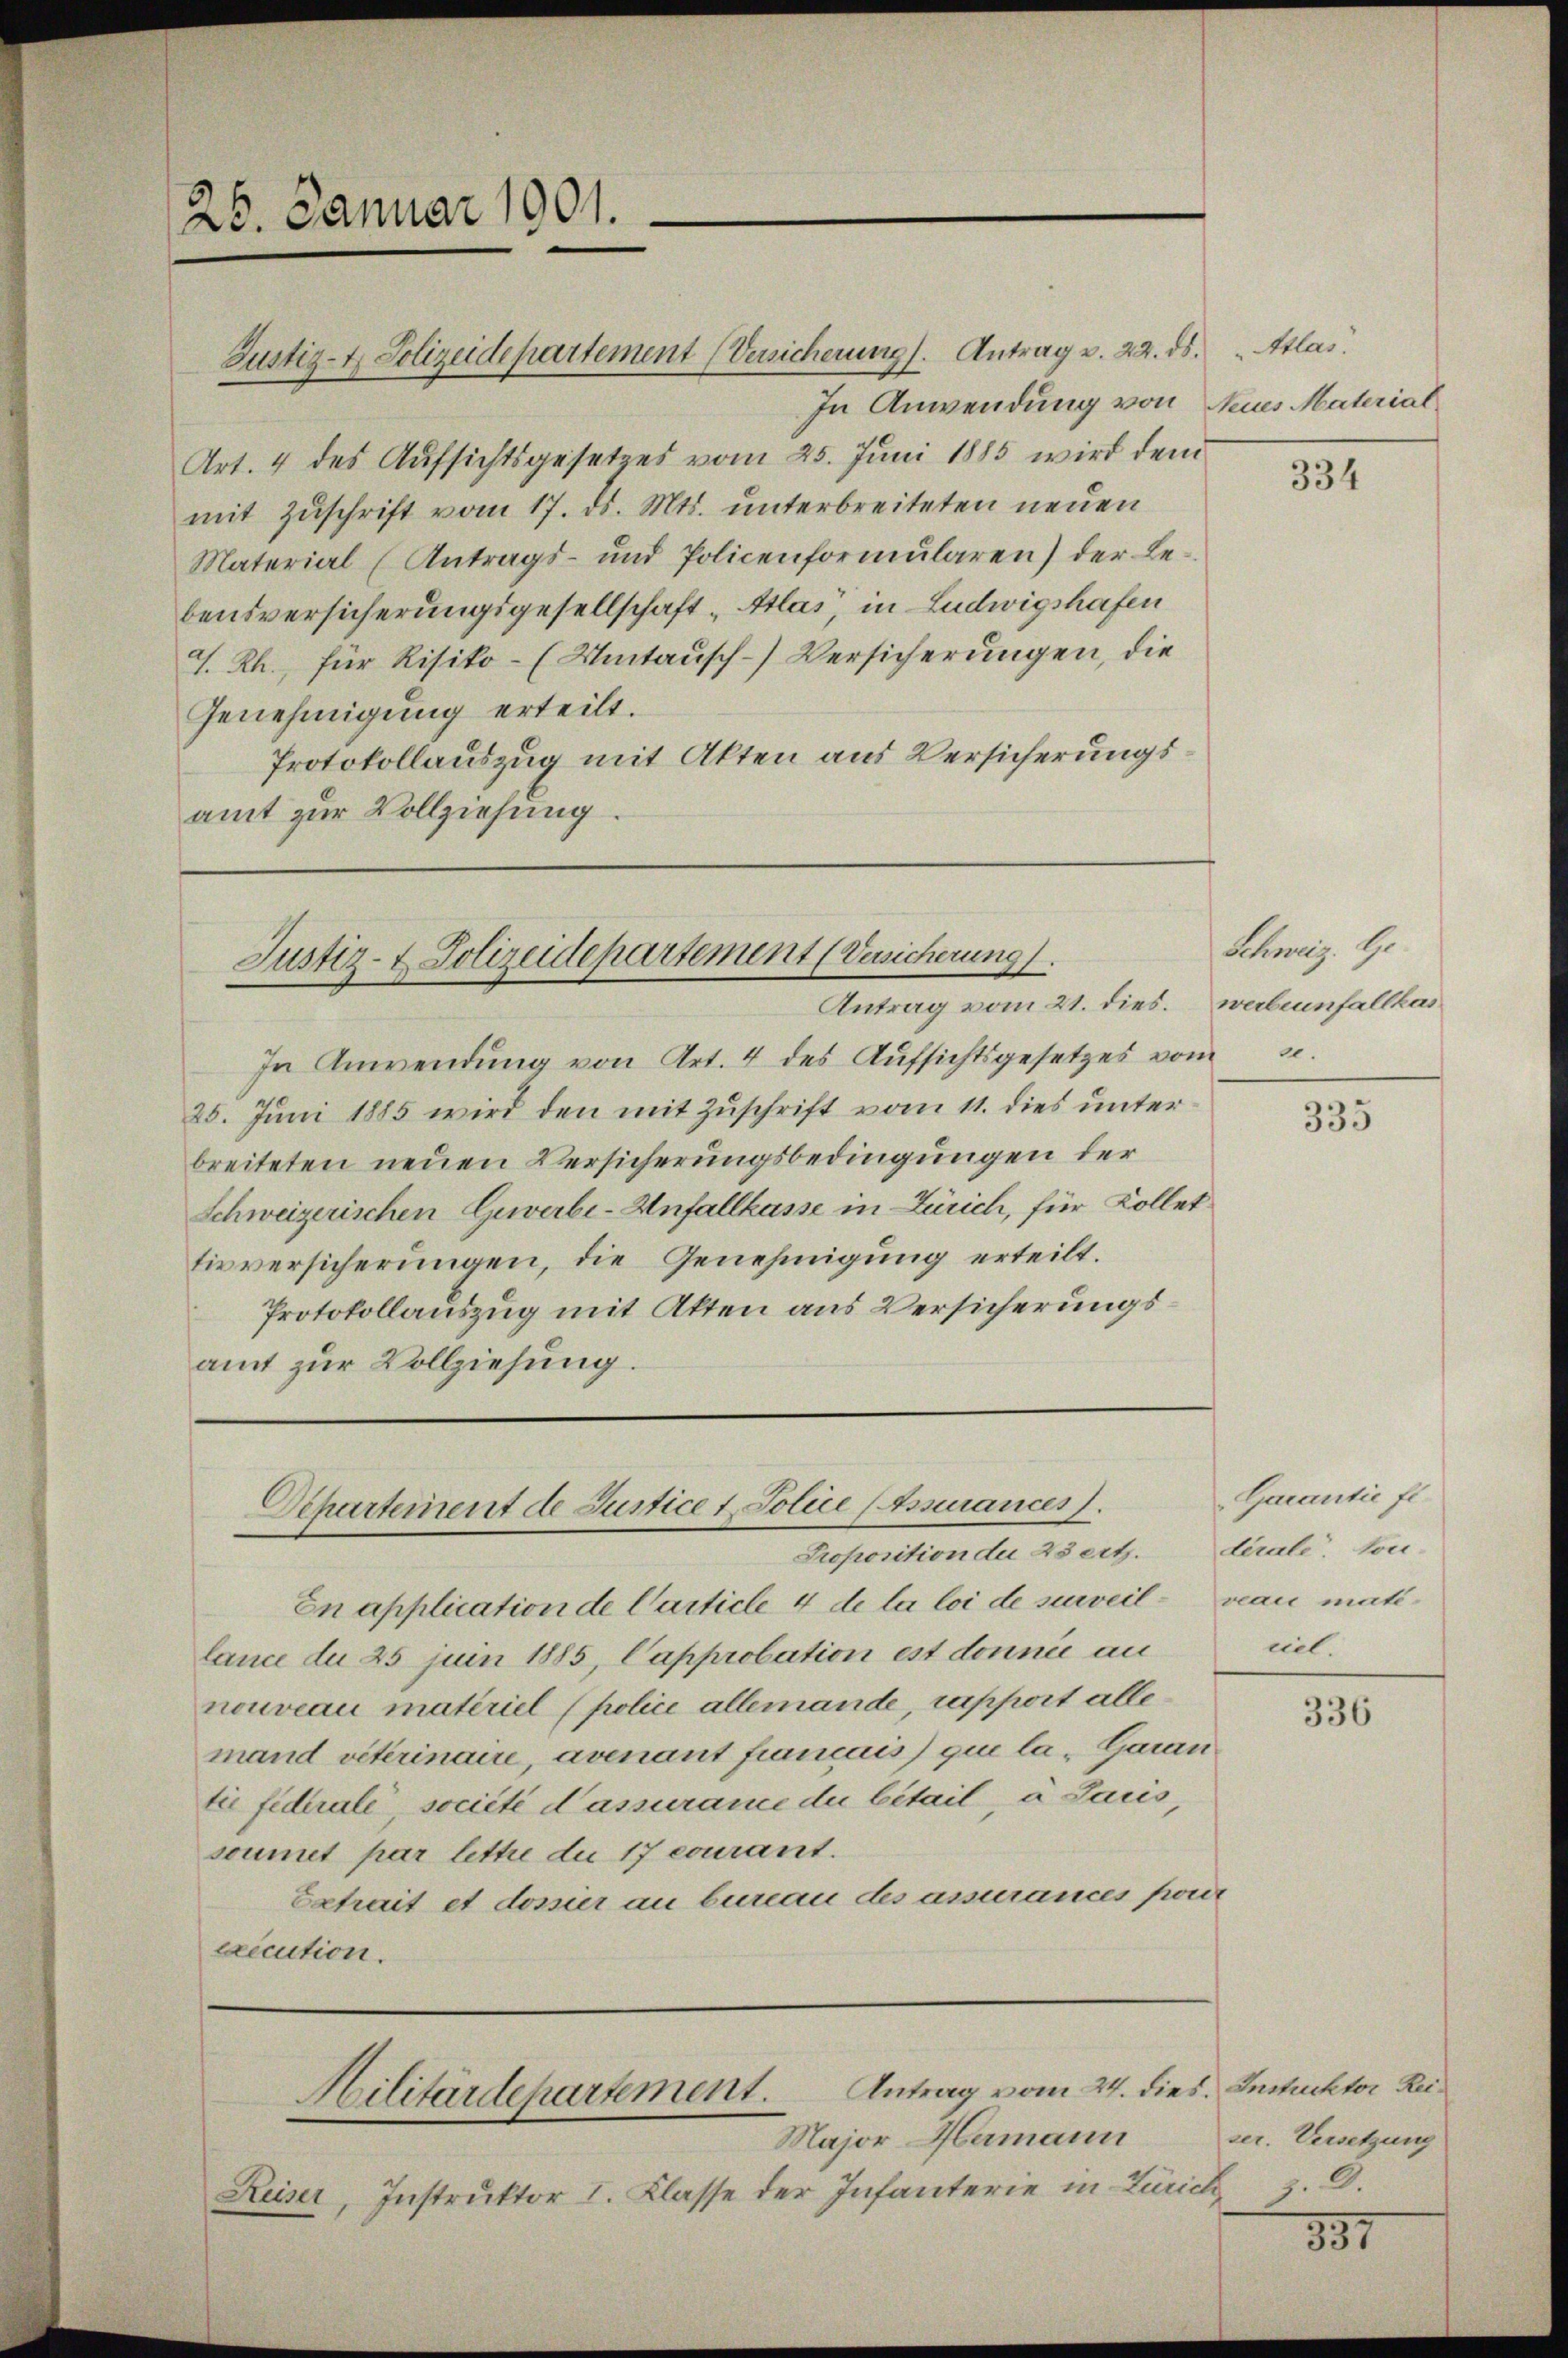
25. Januar 1901.

Justiz- & Polizeidepartement (Versicherung). Antrag v. 22. ds.

Art. 4 des Aufsichtsgesetzes vom 25. Juni 1885 wird dem
mit Zŭschrift vom 17. ds. Mts. unterbreiteten neuen
Material (Antrags- und Policenformŭlaren) der Le-
bensversicherungsgesellschaft „Atlas, in Ludwigshafen
J. Rh., für Risiko- (Umtausch-Versicherungen, die
Genehmigung erteilt.
Protokollauszug mit Akten aus Versicherungsamt zur Vollziehung.

Justiz- & Polizeidepartement (Versicherung.
Antrag vom 21. dies. Weibenfallkas

Departement de Justice 1 Police (Asurances.

In Anwendung von Neues Material

In Anwendung von Art. 4 des Aŭfsichtsgesetzes vom 30.
25. Juni 1885 wird den mit Zuschrift vom 11. dies unter
breiteten neuen Versicherungsbedingungen der
Schweizerischen Gewerbe-Unfallkasse in Zürich, für Kollet
tivversicherungen, die Genehmigung erteilt.
Protokollauszug mit Akten aus Versicherungsamt zur Vollziehung.

Proposition der 23 eit.
En application de Carticle 4 de la loi de surveil- veau matilance du 25 juin 1885, Capprobation est donnée au
nouveau materiel (police allemande, rapport alle
mand viterinaire, avenant fiancais qui la Garan
tie fiderale, société d’assurance du bétail, à sauis,
soumet par lettre du 17 courant.
Betrait et dossier an bureau des assurances pour
execution.

Reiser, Instruktor I. Klasse der Infanterie in Zürich z. D.

Hilitärdepartement. Antrag vom 24. dies. Instrektor Rei¬
Major Hermann

Atlas.

334

Schweiz. Ge

335

Garantie fl.
dérale. Son-
ciel.

336

ser. Versetzung

831